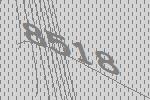
8518